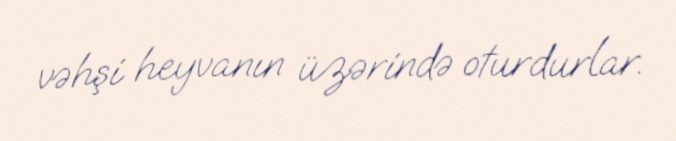
vəhşi heyvanın üzərində oturdurlar.